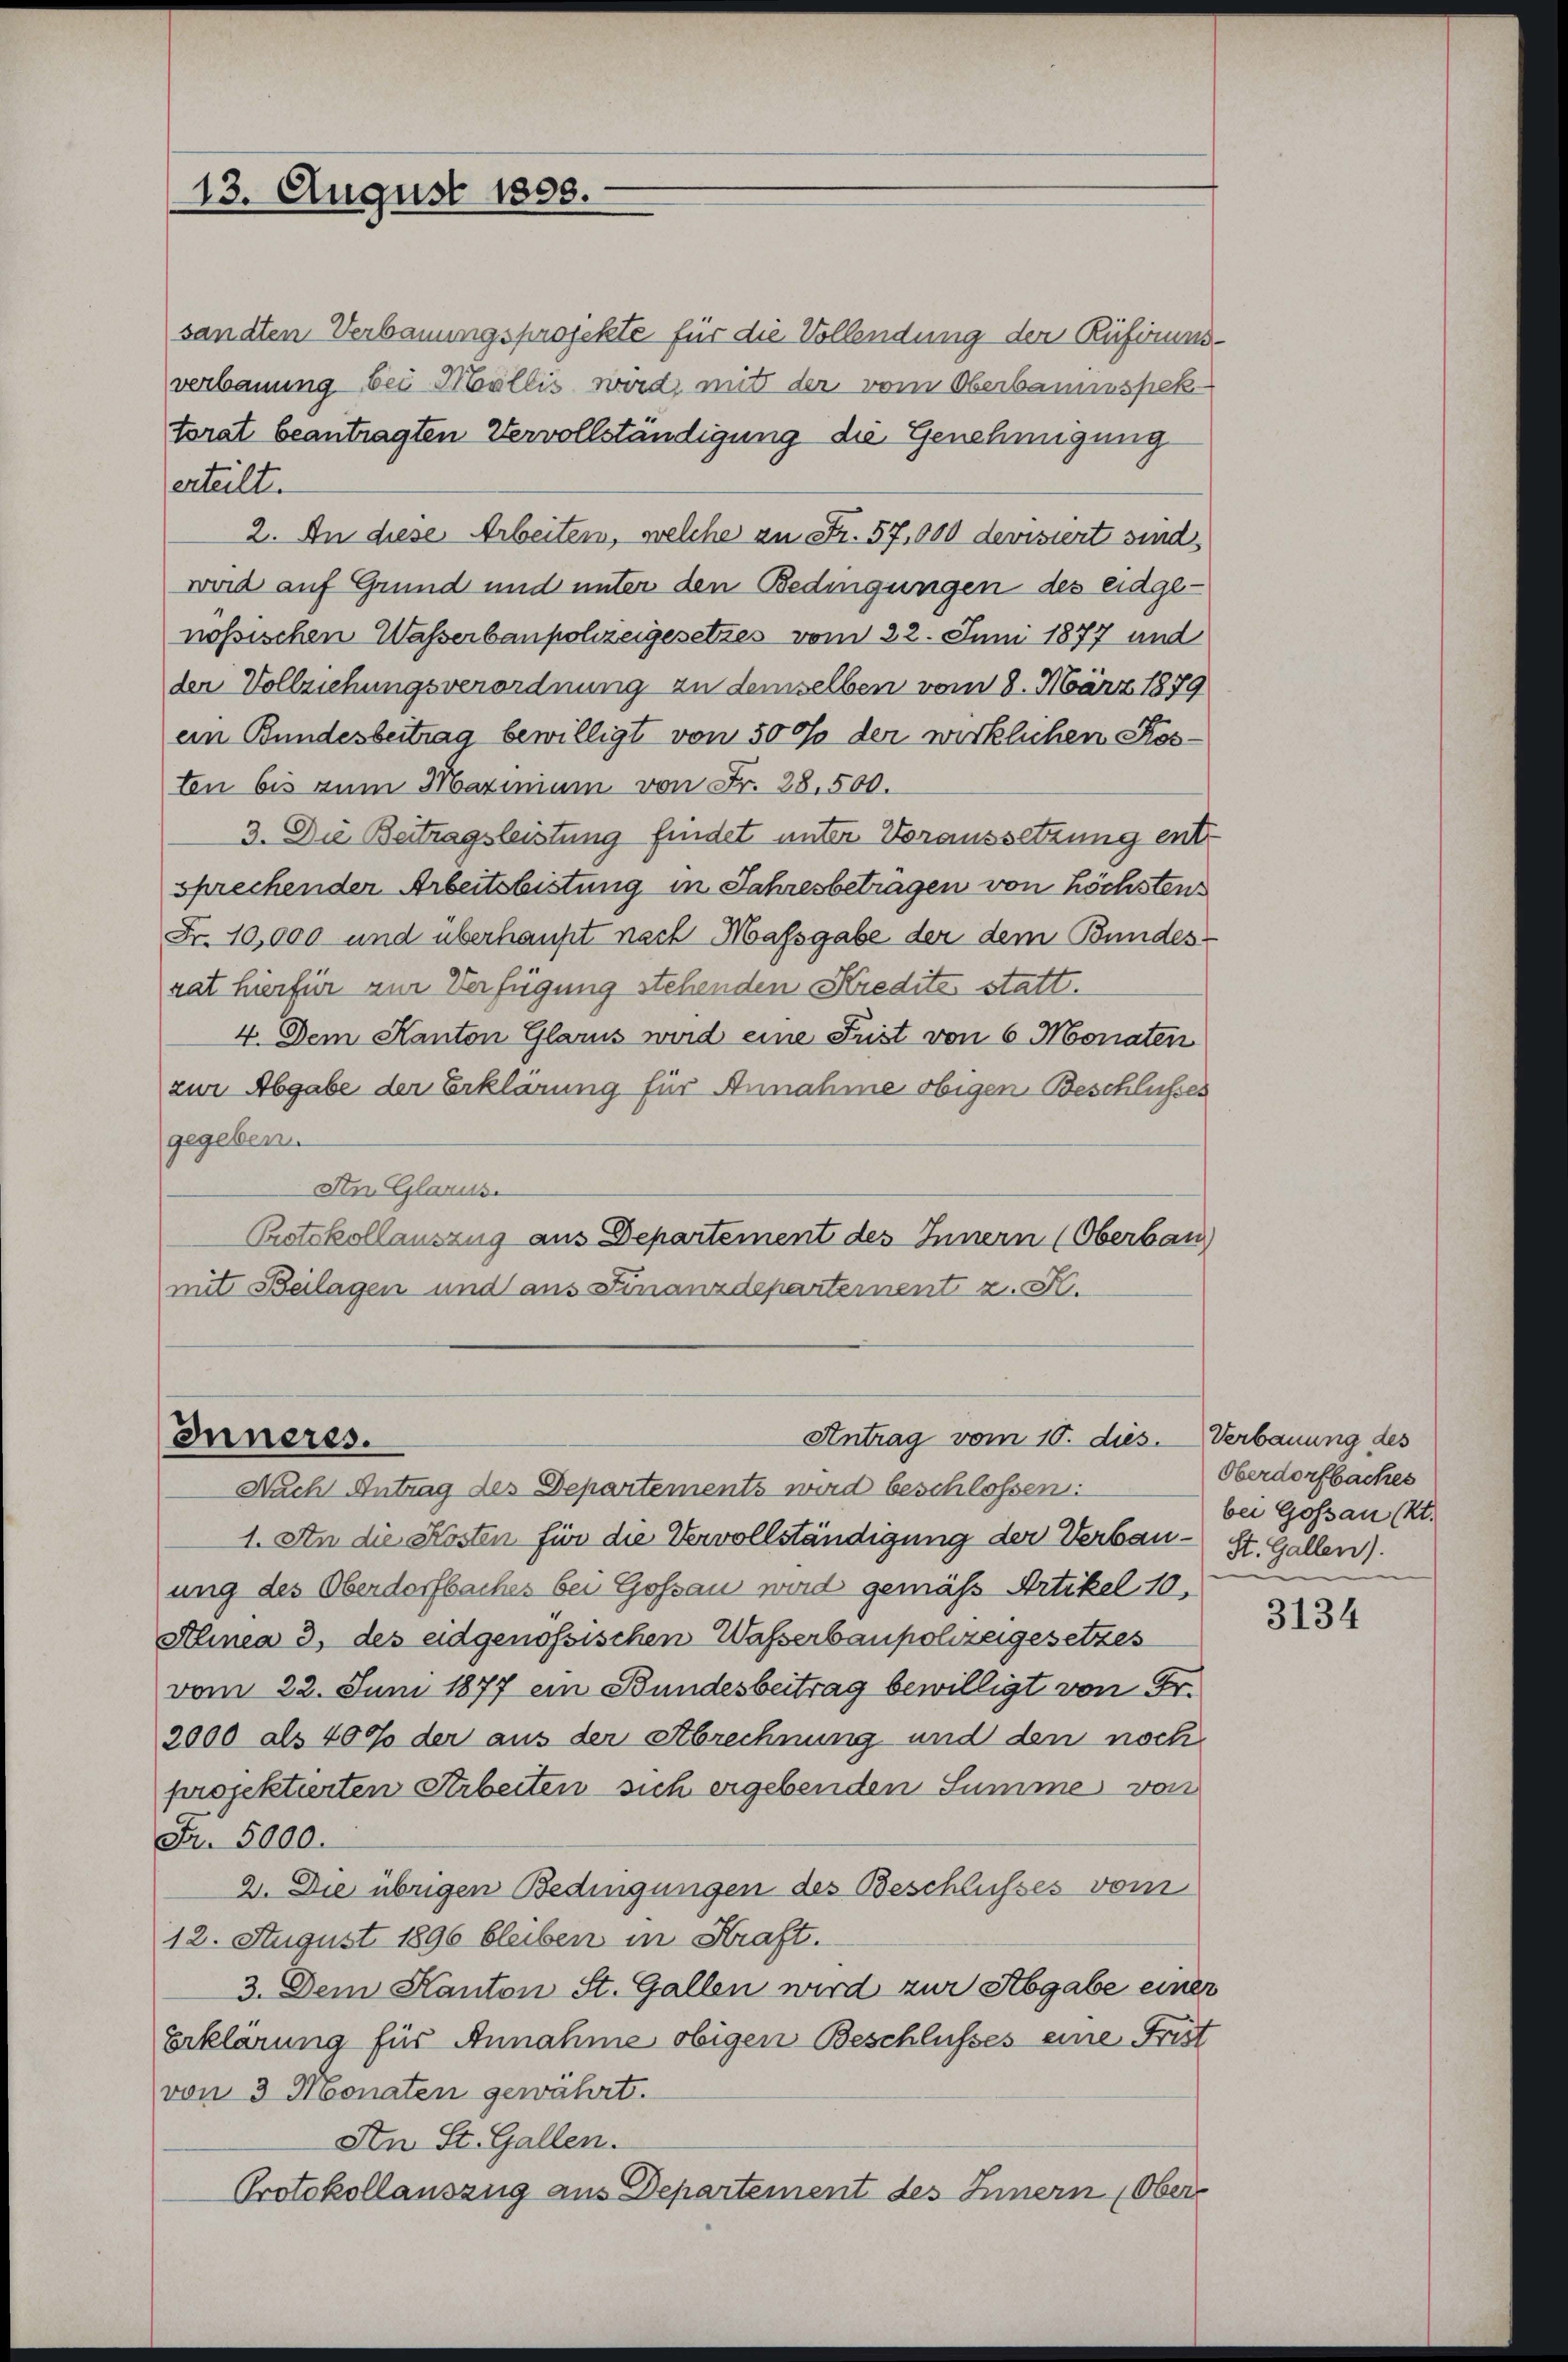
13. August 1808.

sandten Verbauungsprojekte für die Vollendung der Rüfiriums-
verbauung bei Wallis wird, mit der vom Oberbaumespek
torat beantragten Vervollständigung die Genehmigung
erteilt.
2. In diese Arbeiten, welche an Fr. 57,000 devisiert sind,
wird auf Grund und unter den Bedingungen des eidgenössischen Wasserbaupolizeigesetzes vom 22. Juni 1877 und
der Vollziehungsverordnung zu demselben vom 8. März 1879
ein Bundesbeitrag bewilligt von 50 % der wirklichen Kosten bis zum Marinium von Fr. 28. 500.
3. Die Beitragsleistung findet unter Voraussetzung entsprechender Arbeitsbistung in Jahresbetragen von höchsten
Fr. 10,000 und überhaupt nach Massgabe der dem Bundes-
rat hierfür zur Verfügung stehenden Kredite statt.
4. Dem Kanton Glarus wird eine Lust von 6 Monaten
zur Abgabe der Erklärung für Annahme obigen Beschlusses
gegeben.
An Glarus.
Protokollauszug aus Departement des Innern (Oberbau
mit Beilagen und aus Finanzdepartement z. K.

1. An die Kosten für die Vervollständigung der Verbau- St. Gallen).
ung des Oberdorfbaches bei Gossau wird gemäß Artikel 10.
Alinea 3. des eidgenössischen Wasserbaupolizeigesetzes
vom 22. Juni 1877 ein Bundesbeitrag bewilligt von Fr.
2000 als 400 der aus der Abrechnung und den noch
projektierten Arbeiten sich ergebenden Summe von
Fr. 5000.
2. Die übrigen Bedingungen des Beschlusses vom
12. August 1896 bleiben in Kraft.
3. Dem Kanton St. Gallen wird zur Abgabe einer
Erklärung für Annahme obigen Beschlusses eine Frist
von 3 Monaten gewährt.
An St. Gallen.
Protokollauszug aus Departement des Innern (Ober

Antrag vom 10. dies. Verbauung des
Inneres.
Nach Antrag des Departements wird beschlossen:

Oberdorfbaches
bei Gossau (lt.

3134